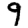
Digit: 9